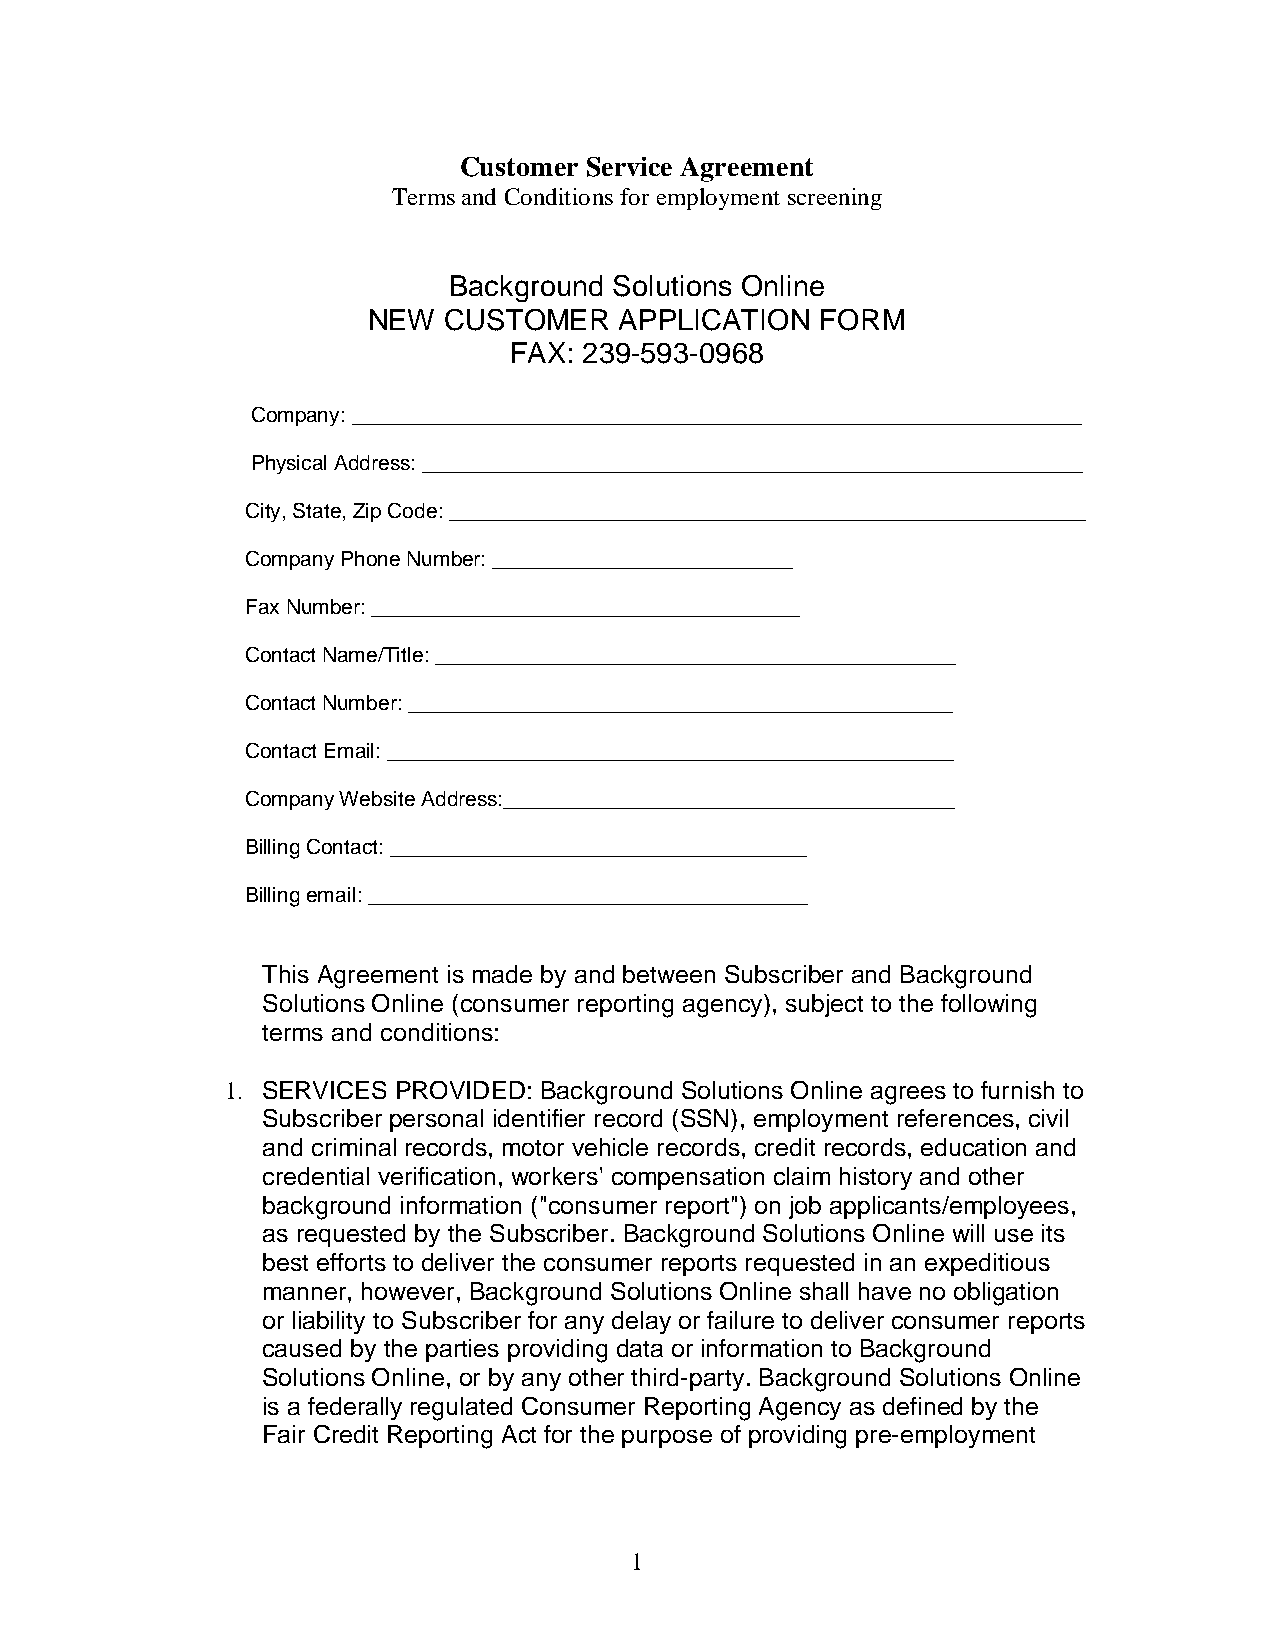
Customer Service Agreement
 Terms and Conditions for employment screening
 Background Solutions Online
 NEW  CUSTOMER    APPLICATION  FORM
 FAX: 239-593-0968
 Company: _______________________________________________________________
 Physical Address: _________________________________________________________
 City, State, Zip Code: _______________________________________________________
 Company Phone Number: __________________________
 Fax Number: _____________________________________
 Contact Name/Title: _____________________________________________
 Contact Number: _______________________________________________
 Contact Email: _________________________________________________
 Company Website Address:_______________________________________
 Billing Contact: ____________________________________
 Billing email: ______________________________________
 This Agreement is made by and between Subscriber and Background
 Solutions Online (consumer reporting agency), subject to the following
 terms and conditions:
 1. SERVICES PROVIDED: Background Solutions Online agrees to furnish to
 Subscriber personal identifier record (SSN), employment references, civil
 and criminal records, motor vehicle records, credit records, education and
 credential verification, workers' compensation claim history and other
 background information ("consumer report") on job applicants/employees,
 as requested by the Subscriber. Background Solutions Online will use its
 best efforts to deliver the consumer reports requested in an expeditious
 manner, however, Background Solutions Online shall have no obligation
 or liability to Subscriber for any delay or failure to deliver consumer reports
 caused by the parties providing data or information to Background
 Solutions Online, or by any other third-party. Background Solutions Online
 is a federally regulated Consumer Reporting Agency as defined by the
 Fair Credit Reporting Act for the purpose of providing pre-employment
 1